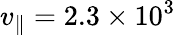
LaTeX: v_{\parallel}=2.3\times 10^{3}